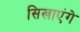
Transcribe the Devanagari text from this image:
सिखाएंगे